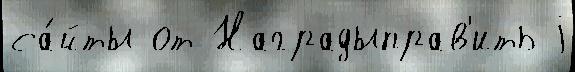
са́йты от Наградыправ'ить j